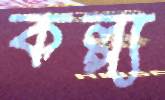
কল্প্য